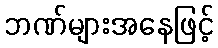
ဘဏ်များအနေဖြင့်